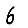
Digit: 6